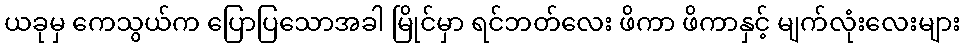
ယခုမှ ကေသွယ်က ပြောပြသောအခါ မြိုင်မှာ ရင်ဘတ်လေး ဖိကာ ဖိကာနှင့် မျက်လုံးလေးများ